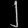
Digit: ၂